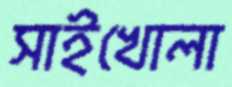
সাইখোলা